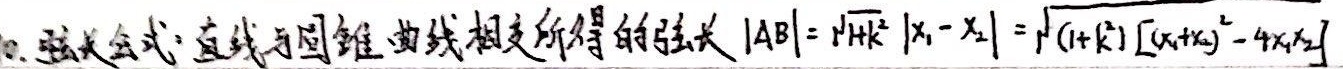
10. 弦长公式：直线与圆锥曲线相交所得的弦长\(\vert AB\vert=\sqrt{1 + k^{2}}\vert x_{1}-x_{2}\vert=\sqrt{(1 + k^{2})[(x_{1}+x_{2})^{2}-4x_{1}x_{2}]}\)